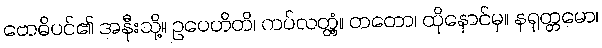
ဗောဓိပင်၏ အနီးသို့။ ဥပေဟိတိ၊ ကပ်လတ္တံ့။ တတော၊ ထိုနောင်မှ။ နရုတ္တမော၊